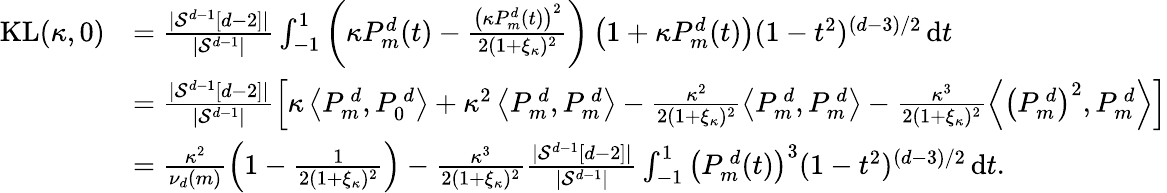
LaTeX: \begin{array}{rl}{\mathrm{KL}(\kappa,0)}&{=\frac{|\mathcal{S}^{d-1}[d-2]|}{|\mathcal{S}^{d-1}|}\int_{-1}^{1}\left(\kappa P_{m}^{d}(t)-\frac{\left(\kappa P_{m}^{d}(t)\right)^{2}}{2(1+\xi_{\kappa})^{2}}\right)\left(1+\kappa P_{m}^{d}(t)\right)(1-t^{2})^{(d-3)/2}\, \mathrm{d}t}\\ &{=\frac{|\mathcal{S}^{d-1}[d-2]|}{|\mathcal{S}^{d-1}|}\left[\kappa\left\langle P_{m}^{\, d},P_{0}^{\, d}\right\rangle+\kappa^{2}\left\langle P_{m}^{\, d},P_{m}^{\, d}\right\rangle-\frac{\kappa^{2}}{2(1+\xi_{\kappa})^{2}}\left\langle P_{m}^{\, d},P_{m}^{\, d}\right\rangle-\frac{\kappa^{3}}{2(1+\xi_{\kappa})^{2}}\left\langle\left(P_{m}^{\, d}\right)^{2},P_{m}^{\, d}\right\rangle\right]}\\ &{=\frac{\kappa^{2}}{\nu_{d}(m)}\left(1-\frac{1}{2(1+\xi_{\kappa})^{2}}\right)-\frac{\kappa^{3}}{2(1+\xi_{\kappa})^{2}}\frac{|\mathcal{S}^{d-1}[d-2]|}{|\mathcal{S}^{d-1}|}\int_{-1}^{1}\left(P_{m}^{\, d}(t)\right)^{3}(1-t^{2})^{(d-3)/2}\, \mathrm{d}t.}\end{array}